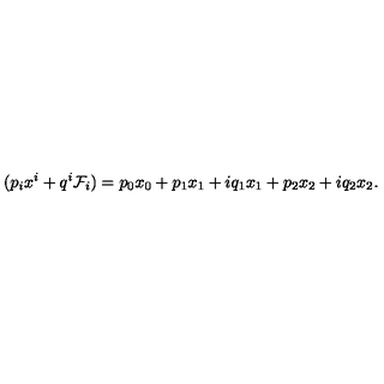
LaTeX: ( p _ { i } x ^ { i } + q ^ { i } \mathcal { F } _ { i } ) = p _ { 0 } x _ { 0 } + p _ { 1 } x _ { 1 } + i q _ { 1 } x _ { 1 } + p _ { 2 } x _ { 2 } + i q _ { 2 } x _ { 2 } .